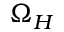
\Omega _ { H }